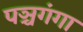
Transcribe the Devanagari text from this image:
पञ्चगंगा